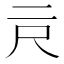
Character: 𰁗